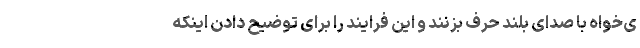
ی‌خواه با صدای بلند حرف بزنند و این فرایند را برای توضیح دادن اینکه